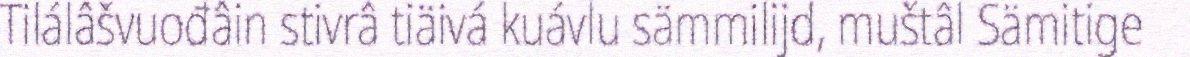
Tilálâšvuođâin stivrâ tiäivá kuávlu sämmilijd, muštâl Sämitige